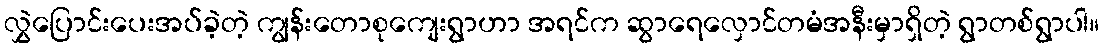
လွှဲပြောင်းပေးအပ်ခဲ့တဲ့ ကျွန်းတောစုကျေးရွာဟာ အရင်က ဆွာရေလှောင်တမံအနီးမှာရှိတဲ့ ရွာတစ်ရွာပါ။